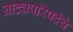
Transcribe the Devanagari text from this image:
नाट्यपरिषदेचे